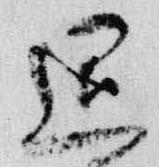
退